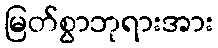
မြတ်စွာဘုရားအား